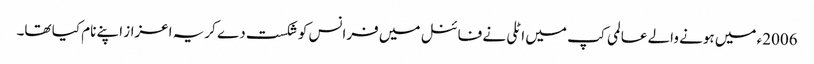
2006ء میں ہونے والے عالمی کپ میں اٹلی نے فائنل میں فرانس کو شکست دے کریہ اعزاز اپنے نام کیا تھا۔